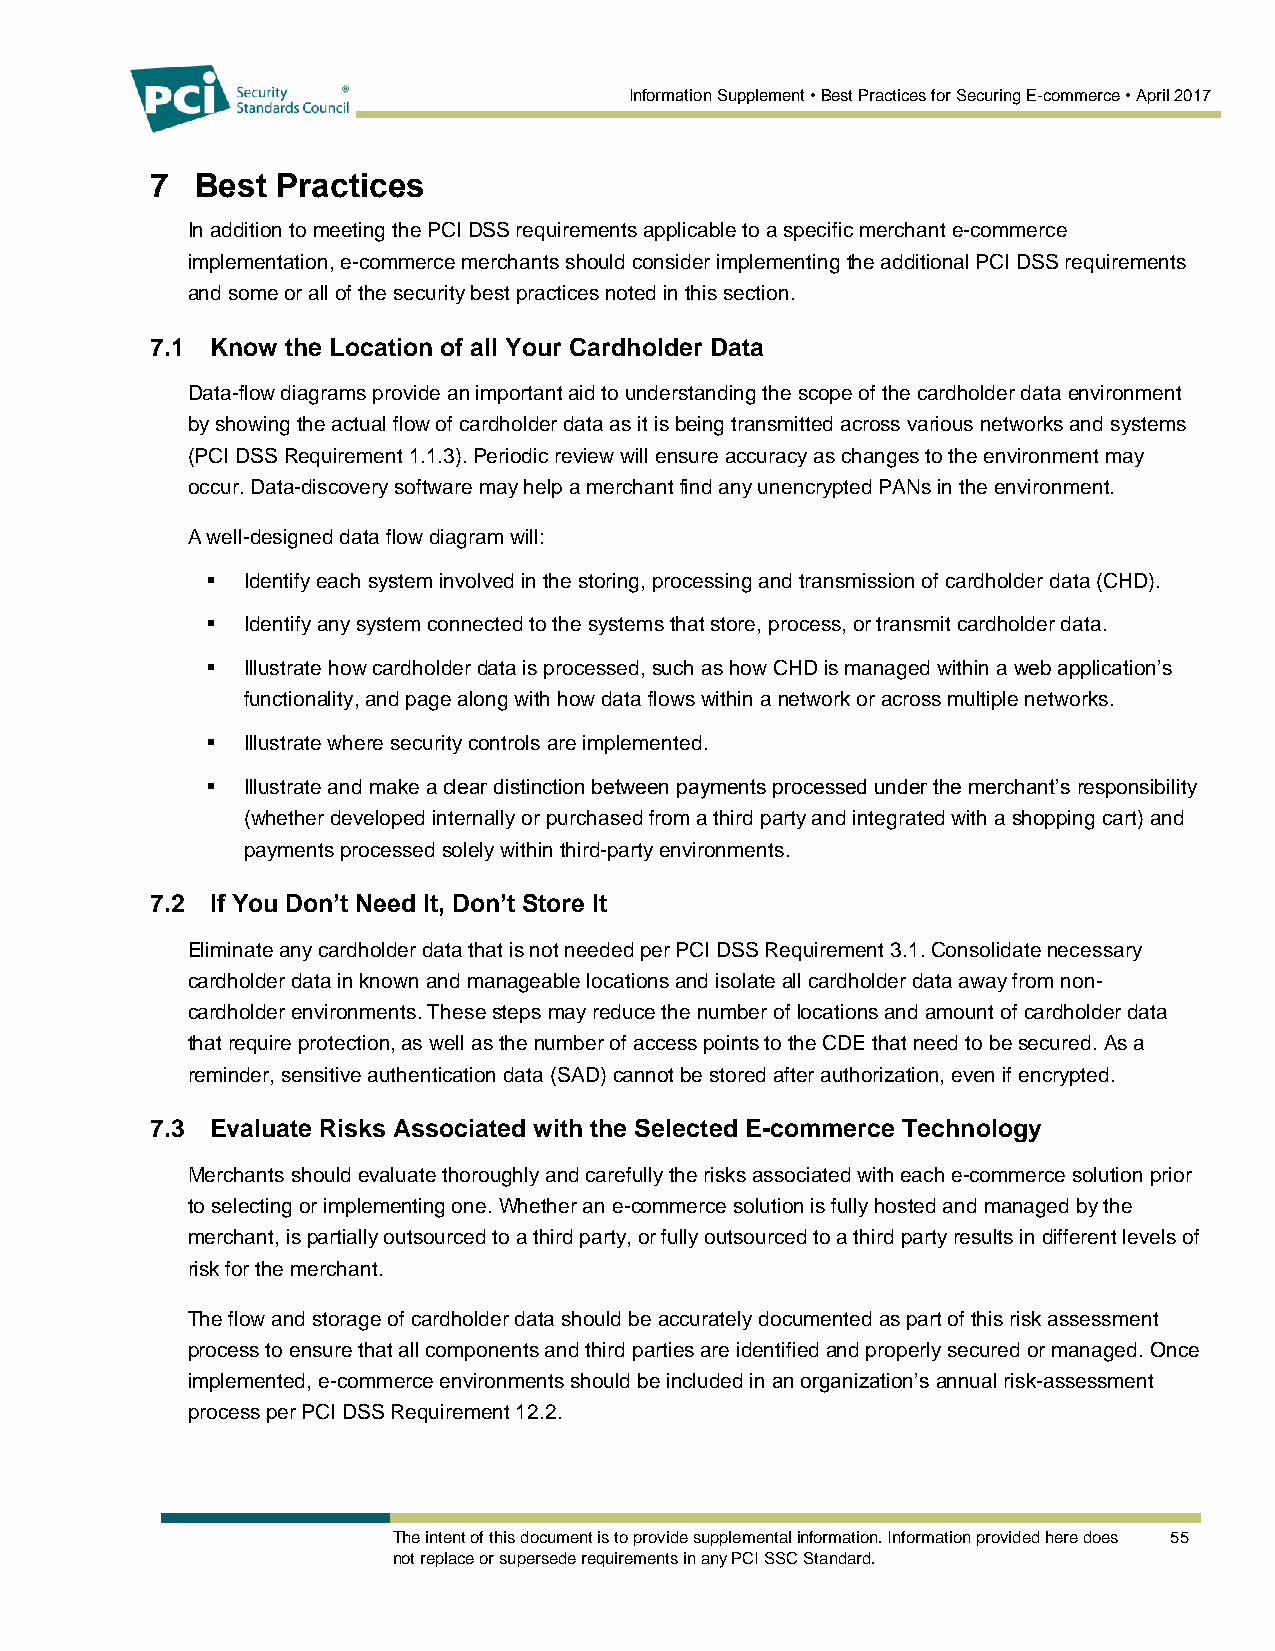
Information Supplement • Best Practices for Securing E-commerce • April 2017
 7  Best Practices
 In addition to meeting the PCI DSS requirements applicable to a specific merchant e-commerce
 implementation, e-commerce merchants should consider implementing the additional PCI DSS requirements
 and some or all of the security best practices noted in this section.
 7.1 Know the Location of all Your Cardholder Data
 Data-flow diagrams provide an important aid to understanding the scope of the cardholder data environment
 by showing the actual flow of cardholder data as it is being transmitted across various networks and systems
 (PCI DSS Requirement 1.1.3). Periodic review will ensure accuracy as changes to the environment may
 occur. Data-discovery software may help a merchant find any unencrypted PANs in the environment.
 A well-designed data flow diagram will:
  Identify each system involved in the storing, processing and transmission of cardholder data (CHD).
  Identify any system connected to the systems that store, process, or transmit cardholder data.
  Illustrate how cardholder data is processed, such as how CHD is managed within a web application’s
 functionality, and page along with how data flows within a network or across multiple networks.
  Illustrate where security controls are implemented.
  Illustrate and make a clear distinction between payments processed under the merchant’s responsibility
 (whether developed internally or purchased from a third party and integrated with a shopping cart) and
 payments processed solely within third-party environments.
 7.2 If You Don’t Need It, Don’t Store It
 Eliminate any cardholder data that is not needed per PCI DSS Requirement 3.1. Consolidate necessary
 cardholder data in known and manageable locations and isolate all cardholder data away from non-
 cardholder environments. These steps may reduce the number of locations and amount of cardholder data
 that require protection, as well as the number of access points to the CDE that need to be secured. As a
 reminder, sensitive authentication data (SAD) cannot be stored after authorization, even if encrypted.
 7.3 Evaluate Risks Associated with the Selected E-commerce Technology
 Merchants should evaluate thoroughly and carefully the risks associated with each e-commerce solution prior
 to selecting or implementing one. Whether an e-commerce solution is fully hosted and managed by the
 merchant, is partially outsourced to a third party, or fully outsourced to a third party results in different levels of
 risk for the merchant.
 The flow and storage of cardholder data should be accurately documented as part of this risk assessment
 process to ensure that all components and third parties are identified and properly secured or managed. Once
 implemented, e-commerce environments should be included in an organization’s annual risk-assessment
 process per PCI DSS Requirement 12.2.
 The intent of this document is to provide supplemental information. Information provided here does 55
 not replace or supersede requirements in any PCI SSC Standard.